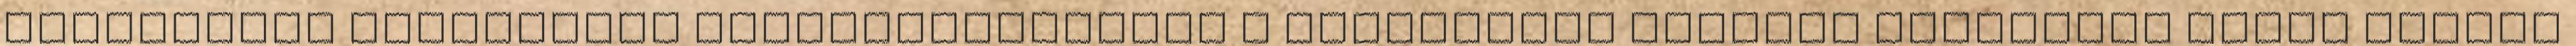
üresjárási feszültség hullámformájából A kerékagyba épített generátor nekem nagyon